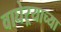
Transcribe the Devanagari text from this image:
वाघेऱ्याच्या